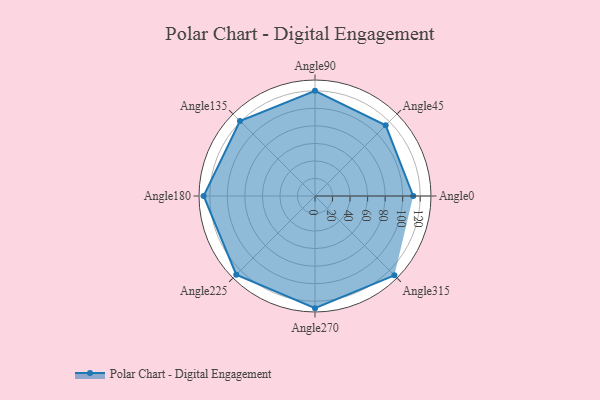
{"axis": {"x": "Angle", "y": "Radius"}, "legend": [""], "data": [{"x": "Angle0", "y": 112.0, "type": ""}, {"x": "Angle45", "y": 114.0, "type": ""}, {"x": "Angle90", "y": 120.0, "type": ""}, {"x": "Angle135", "y": 121.0, "type": ""}, {"x": "Angle180", "y": 127.0, "type": ""}, {"x": "Angle225", "y": 127.0, "type": ""}, {"x": "Angle270", "y": 128.0, "type": ""}, {"x": "Angle315", "y": 128.0, "type": ""}]}